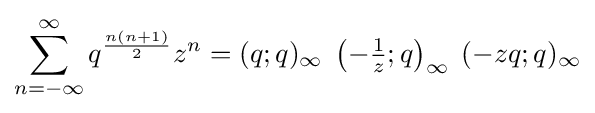
\sum _{n=-\infty }^{\infty }q^{\frac {n(n+1)}{2}}z^{n}=(q;q)_{\infty }\;\left(-{\tfrac {1}{z}};q\right)_{\infty }\;(-zq;q)_{\infty }